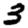
Digit: 3